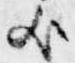
歟